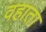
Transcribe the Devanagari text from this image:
वहाता